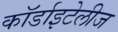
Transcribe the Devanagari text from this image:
कॉर्डाइटेलीज